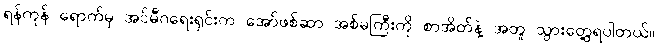
ရန်ကုန် ရောက်မှ အင်မီဂရေးရှင်းက အော်ဖစ်ဆာ အစ်မကြီးကို စာအိတ်နဲ့ အတူ သွားတွေ့ရပါတယ်။